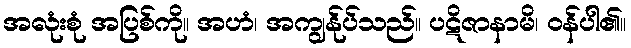
အလုံးစုံ အပြစ်ကို။ အဟံ၊ အကျွန်ုပ်သည်။ ပဋိဇာနာမိ၊ ဝန်ပါ၏။